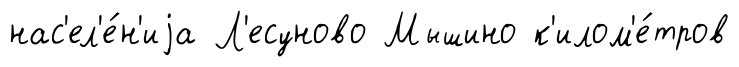
нас'ел'е́н'иjа Л'есуново Мышино к'илом'е́тров